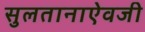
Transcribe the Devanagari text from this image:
सुलतानाऐवजी